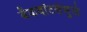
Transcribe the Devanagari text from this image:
बॅकवॉटर्समुळे